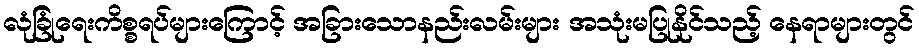
လုံခြုံရေးကိစ္စရပ်များကြောင့် အခြားသောနည်းလမ်းများ အသုံးမပြုနိုင်သည့် နေရာများတွင်